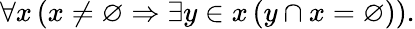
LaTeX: \forall x\, (x\neq\varnothing\Rightarrow\exists y\in x\, (y\cap x=\varnothing)).